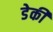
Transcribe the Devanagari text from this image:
डेकी